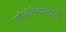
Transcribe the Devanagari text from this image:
पारितोषिकासारखे